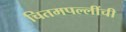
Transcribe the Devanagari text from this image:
चितमपल्लींची